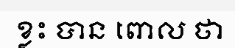
ខ្លះ បាន ពោល ថា